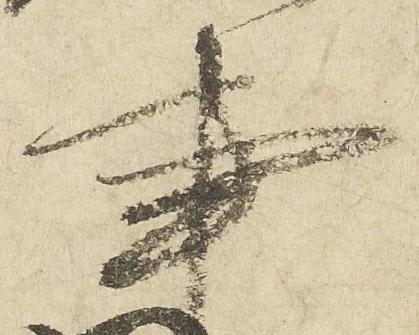
事